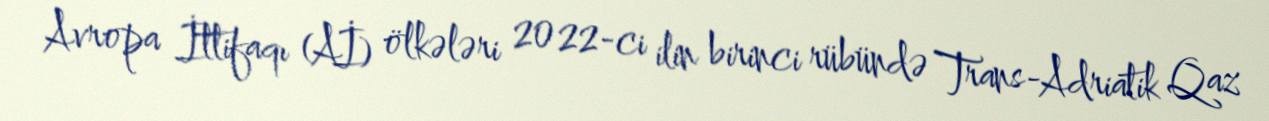
Avropa İttifaqı (Aİ) ölkələri 2022-ci ilin birinci rübündə Trans-Adriatik Qaz